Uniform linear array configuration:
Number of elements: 32
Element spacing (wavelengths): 0.5
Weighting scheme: kaiser
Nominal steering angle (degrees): -15
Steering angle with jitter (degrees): -13.117
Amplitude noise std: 0.05
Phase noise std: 0.05

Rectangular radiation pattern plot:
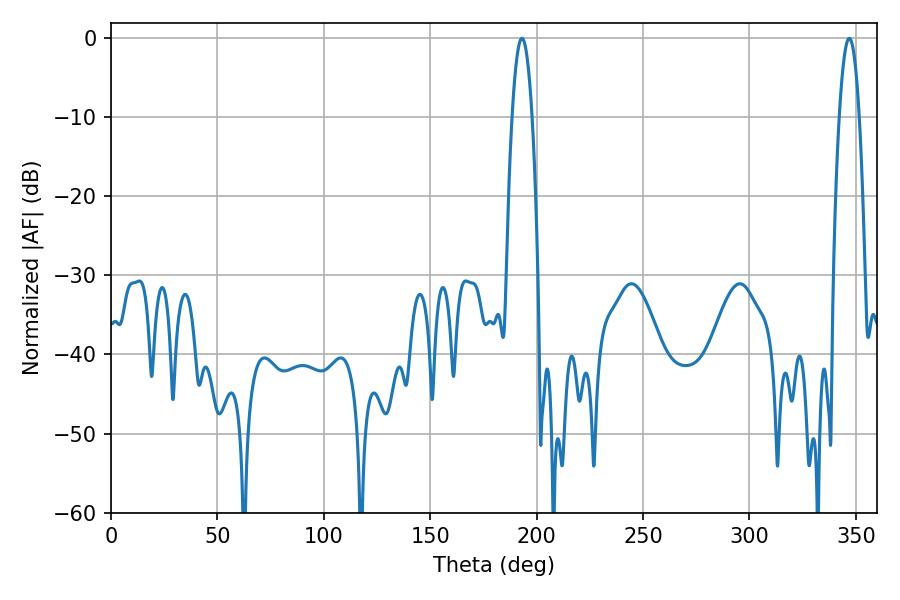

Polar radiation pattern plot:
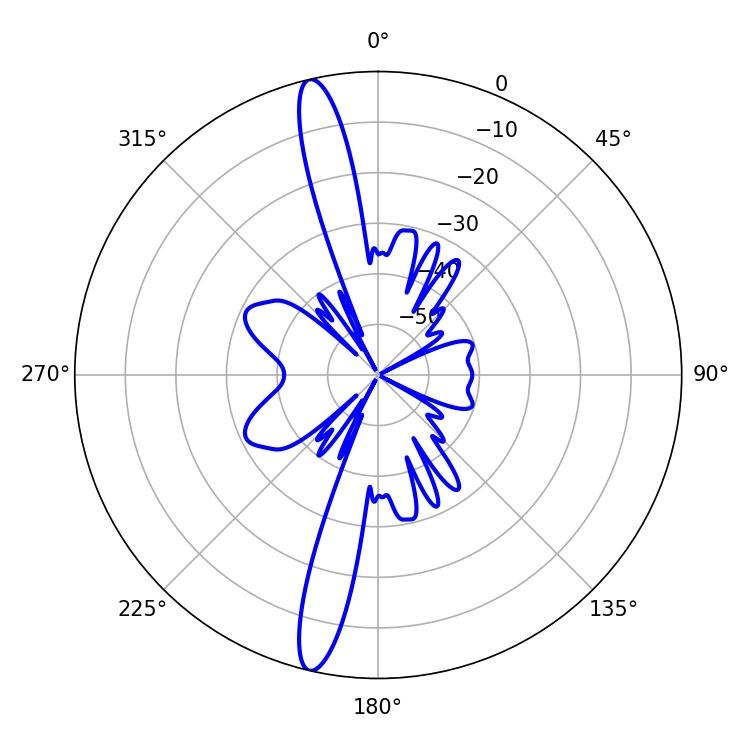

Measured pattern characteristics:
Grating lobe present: FALSE
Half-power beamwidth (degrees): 5.04
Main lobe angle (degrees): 193.14